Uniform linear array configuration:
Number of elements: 16
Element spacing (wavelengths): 0.5
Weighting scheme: cosine
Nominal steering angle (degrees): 30
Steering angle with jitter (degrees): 30.823
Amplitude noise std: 0.05
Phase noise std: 0.05

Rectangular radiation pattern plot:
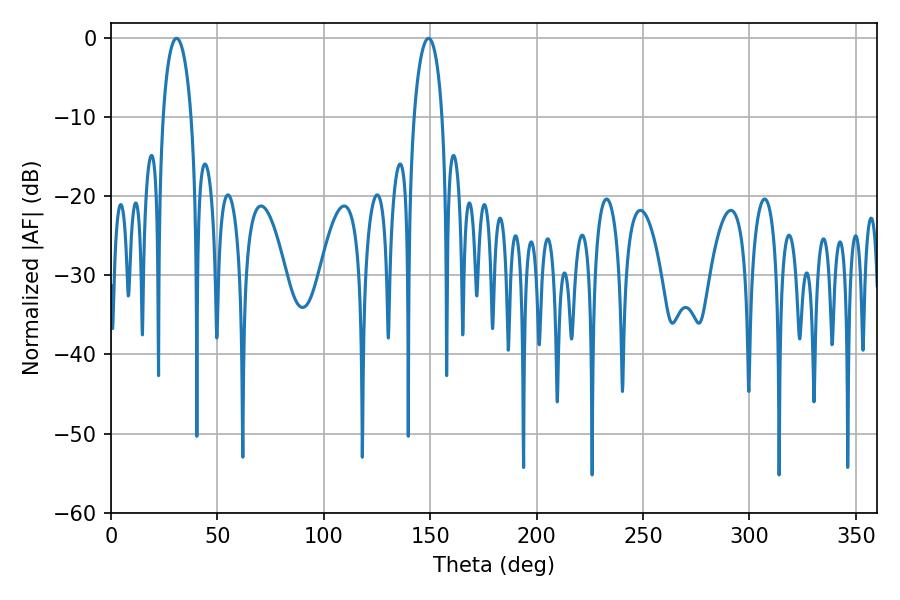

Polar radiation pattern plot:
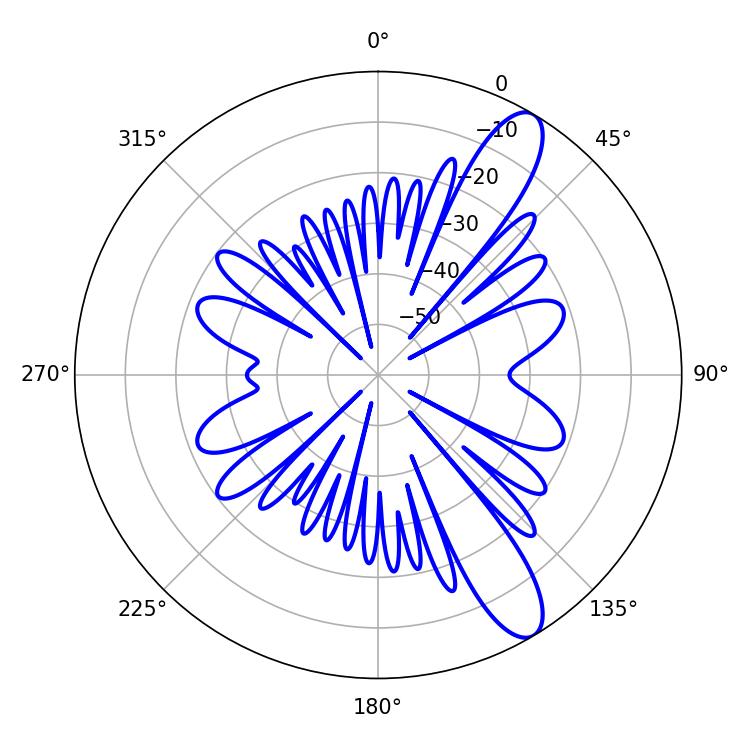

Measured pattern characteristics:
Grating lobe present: FALSE
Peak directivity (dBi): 11.343
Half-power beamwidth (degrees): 7.56
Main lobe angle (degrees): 30.78